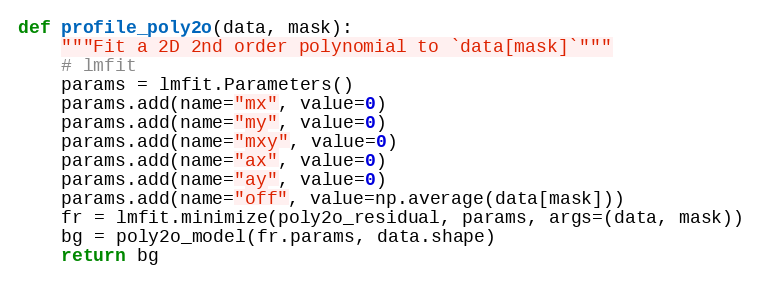
Language: Python
def profile_poly2o(data, mask):
    """Fit a 2D 2nd order polynomial to `data[mask]`"""
    # lmfit
    params = lmfit.Parameters()
    params.add(name="mx", value=0)
    params.add(name="my", value=0)
    params.add(name="mxy", value=0)
    params.add(name="ax", value=0)
    params.add(name="ay", value=0)
    params.add(name="off", value=np.average(data[mask]))
    fr = lmfit.minimize(poly2o_residual, params, args=(data, mask))
    bg = poly2o_model(fr.params, data.shape)
    return bg